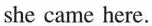
she came here.